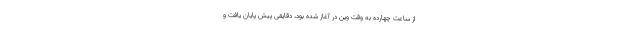
از ساعت چهارده به وقت وین در آغاز شده بود، دقایقی پیش پایان یافت و